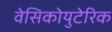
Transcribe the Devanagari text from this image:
वेसिकोयुटेरिक